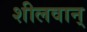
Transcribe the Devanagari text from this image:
शीलवान्